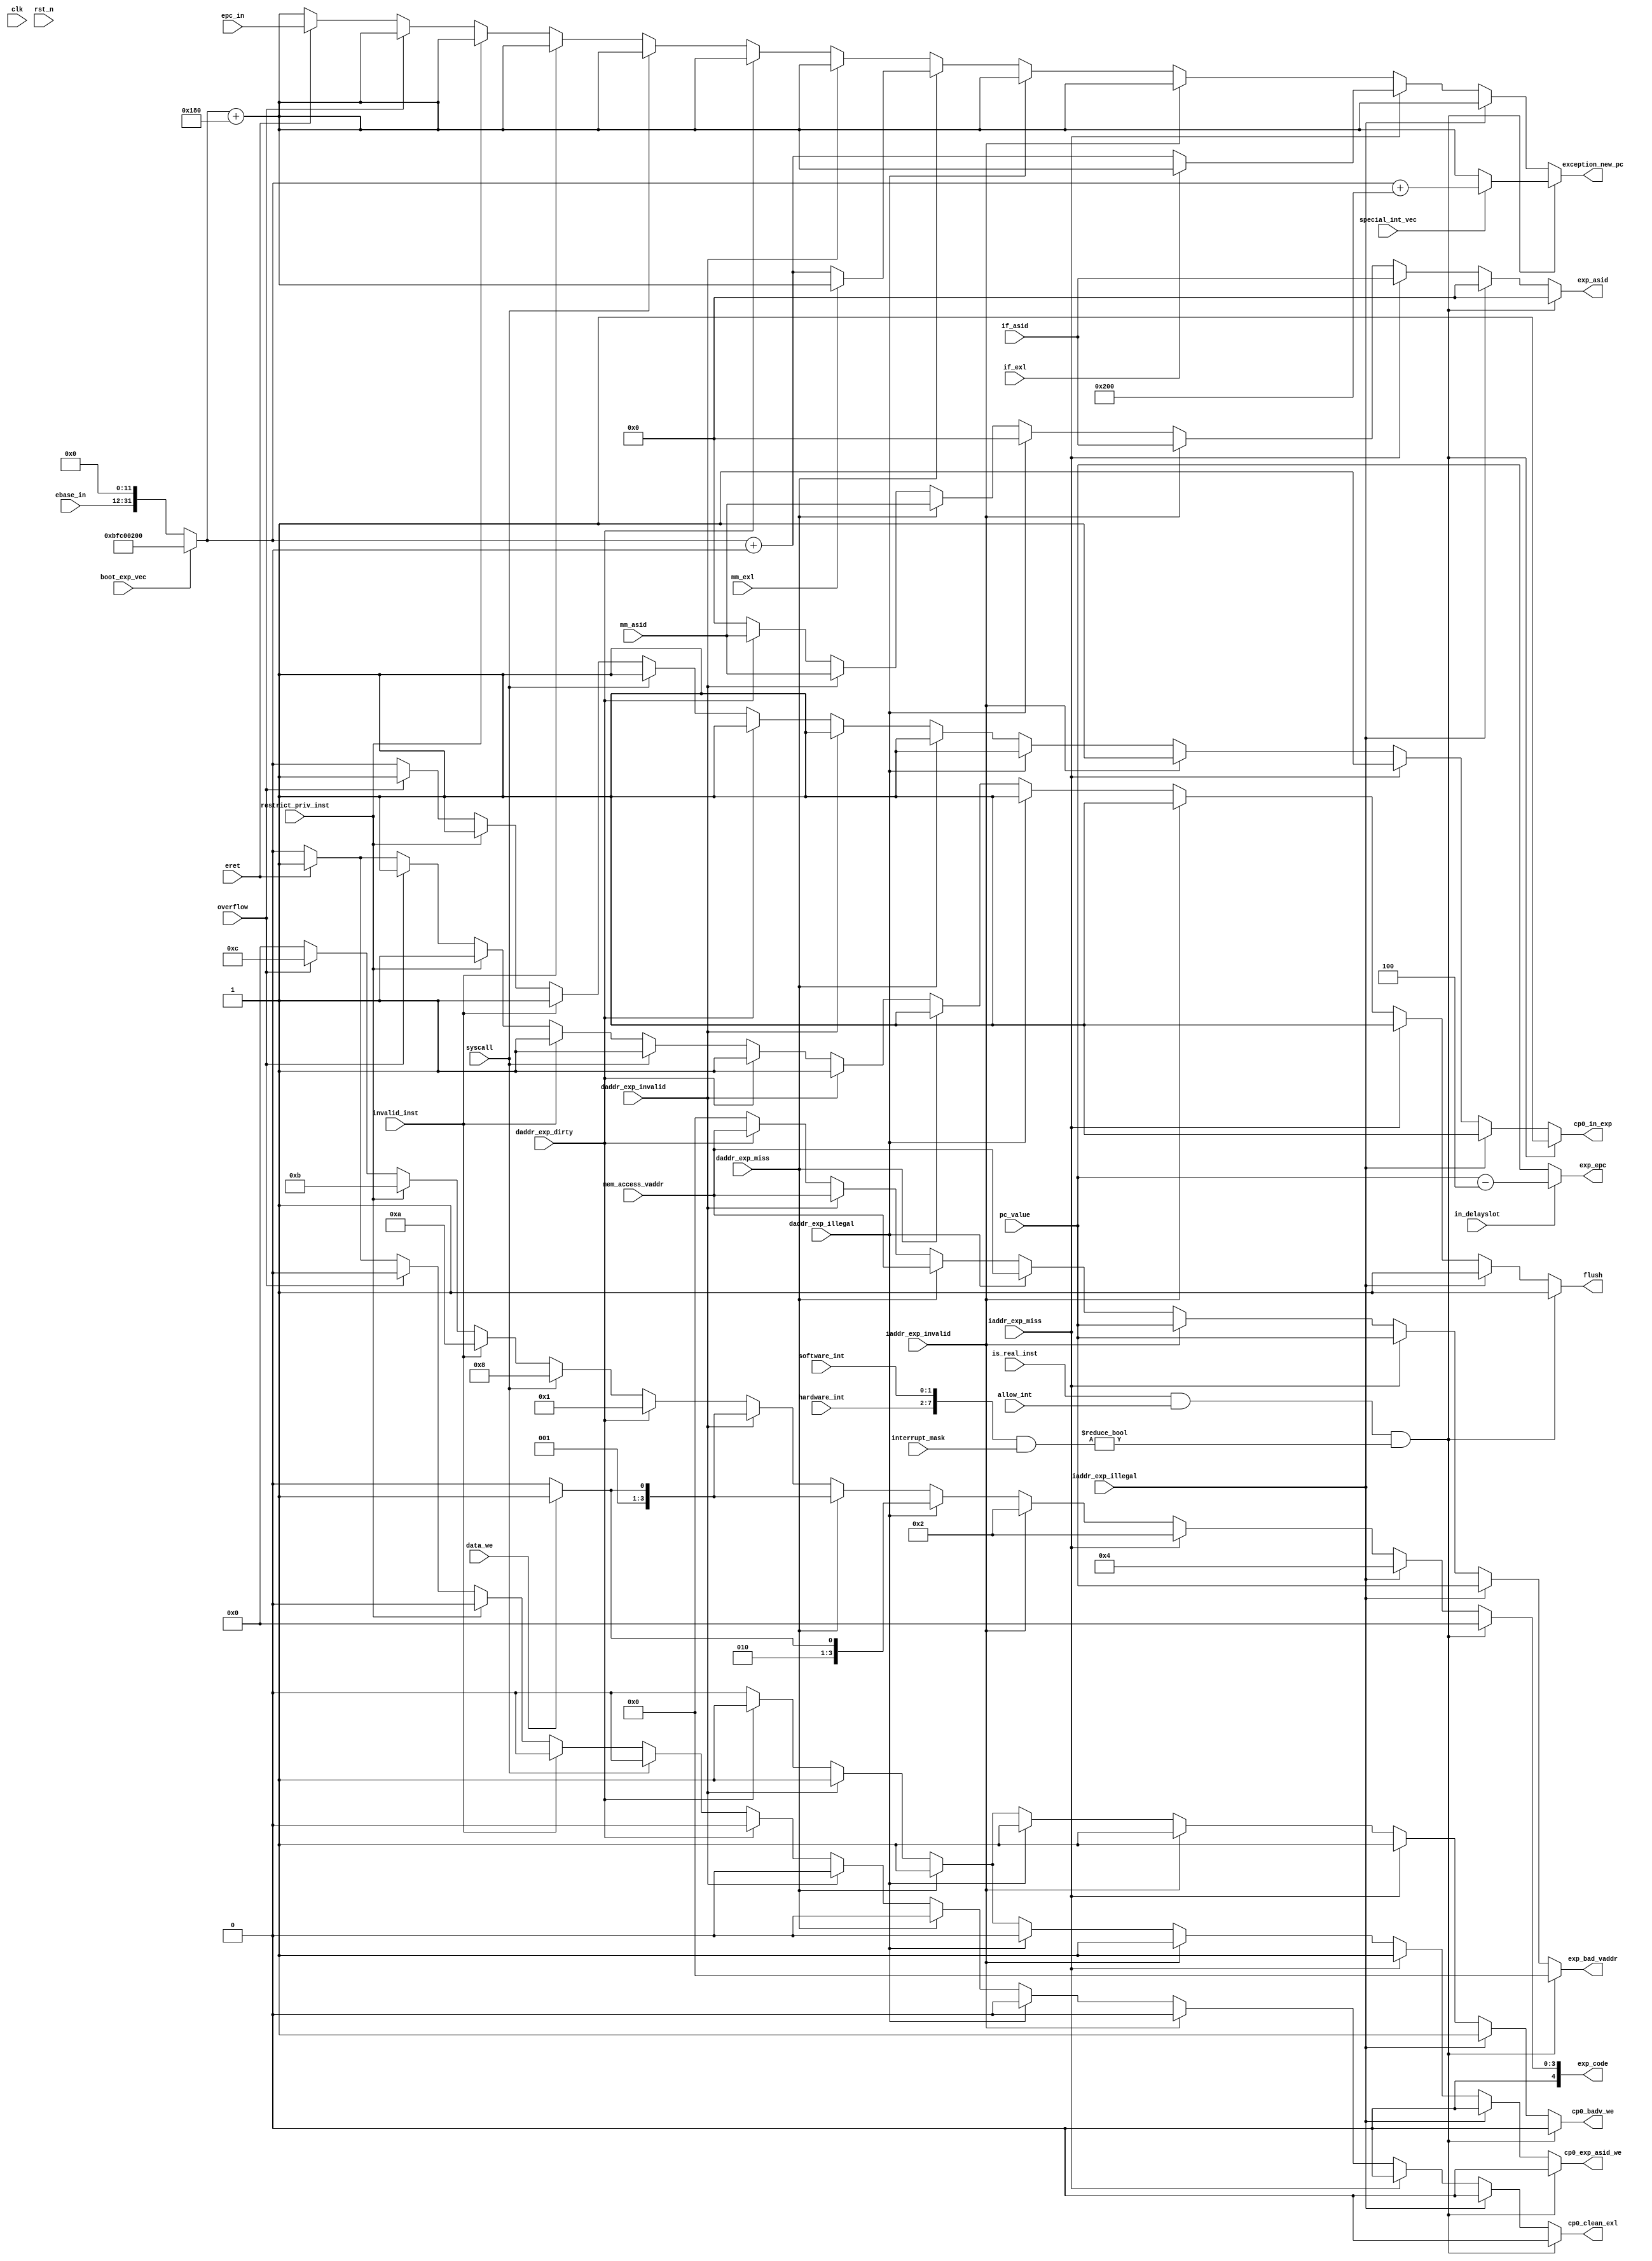
/*-----------------------------------------------------
 File Name : exception.v
 Purpose : exception detector and handler
 Creation Date : 21-10-2016
 Last Modified : Wed Nov 16 19:46:21 2016
 Created By : Jeasine Ma [jeasinema[at]gmail[dot]com]
-----------------------------------------------------*/
`ifndef __EXCEPTION_V__
`define __EXCEPTION_V__
`default_nettype none
`timescale 1ns/1ns

module exception(/*autoarg*/
    //Inputs
    clk, rst_n, iaddr_exp_miss, iaddr_exp_invalid,
    iaddr_exp_illegal, daddr_exp_miss, daddr_exp_invalid,
    daddr_exp_illegal, daddr_exp_dirty, data_we,
    invalid_inst, syscall, eret, overflow,
    restrict_priv_inst, interrupt_mask, hardware_int,
    software_int, pc_value, in_delayslot,
    allow_int, is_real_inst, mem_access_vaddr,
    if_asid, mm_asid, ebase_in, epc_in, special_int_vec,
    boot_exp_vec, if_exl, mm_exl,

    //Outputs
    flush, cp0_in_exp, cp0_clean_exl, exp_epc,
    exp_code, exp_bad_vaddr, cp0_badv_we,
    exp_asid, cp0_exp_asid_we, exception_new_pc
);


    parameter NORMAL_EXP_BASEADDR = 32'hBFC00200;

    input wire clk;
    input wire rst_n;

    // exp about memory access
    // illegal -> access kernel mode addr. invalid-> tlb error
    // occurs@if by mmu
    input wire iaddr_exp_miss;
    input wire iaddr_exp_invalid;
    input wire iaddr_exp_illegal;
    // occurs@mm by mmu
    input wire daddr_exp_miss;
    input wire daddr_exp_invalid;
    input wire daddr_exp_illegal;
    input wire daddr_exp_dirty;
    // common exp
    input wire data_we; // distinguish whether read/write exp(have different exp code)
    input wire invalid_inst; // invalid exp
    input wire syscall;  // syscall exp
    input wire eret; // return from exp, not real exp
    input wire overflow;  // overflow exp
    input wire restrict_priv_inst;
    // interrupts
    input wire[7:0] interrupt_mask;
    input wire[5:0] hardware_int;
    input wire[1:0] software_int;

    // for calculate return addr
    input wire[31:0] pc_value;
    input wire in_delayslot;
    // enable/diable interrupts
    input wire allow_int; // control signal from cp0
    input wire is_real_inst;  // disable interrupt on blob

    // about mem access exp, some need to be stored in CP0_BadVAddr/Context/EntryHi
    input wire[31:0] mem_access_vaddr;
    input wire[7:0] if_asid;
    input wire[7:0] mm_asid;

    // for calculate exp new pc
    input wire[19:0] ebase_in;
    input wire[31:0] epc_in;
    input wire special_int_vec; //cp0 reg CAUSE_IV, decided interrupt use exp vector(0x180)/interrupt vector(0x200)
    input wire boot_exp_vec;  // cp0 reg STATUS_BEV, decided exp vector base
    input wire if_exl;  // if in now in exception(kernel mode), disable all exception(exp pc will not changed)
    input wire mm_exl;

    output reg flush;  // when into exp, flush pipeline
    output reg cp0_in_exp; // 2cp0, whether now is in exp
    output reg cp0_clean_exl;  // 2cp0, quit exp, clean the status_exl bit
    output reg[31:0] exp_epc;  // 2cp0, store exp return addr
    output reg[4:0] exp_code;  // 2cp0, exp_code
    // 2cp0, about mem access exp, need to be written in cp0 regs
    output reg[31:0] exp_bad_vaddr;
    output reg cp0_badv_we;
    output reg[7:0] exp_asid;
    output reg cp0_exp_asid_we;

    output reg[31:0] exception_new_pc;  // 2pc, exp handler(service code) addr

    wire[31:0] exception_base;
    // different in MIPS32R1/2
    assign exception_base = boot_exp_vec ? NORMAL_EXP_BASEADDR : {ebase_in, 12'b0};  // MIPS32R2
    //assign exception_base = boot_exp_vec ? NORMAL_EXP_BASEADDR : 32'h8000000;  // MIPS32R1

    always @(*) begin
        exp_asid <= 8'b0;
        cp0_in_exp <= 1'b1;
        cp0_clean_exl <= 1'b0;
        cp0_badv_we <= 1'b0;
        cp0_exp_asid_we <= 1'b0;
        flush <= 1'b1;
        exp_epc <= in_delayslot ? (pc_value-32'd4) : pc_value;  // -4/origin
        exp_bad_vaddr <= 32'b0;
        exception_new_pc <= exception_base + 32'h180;  // default is 0x180
        // handle interrupts
        if(is_real_inst && allow_int && ({hardware_int,software_int} & interrupt_mask)!=8'h0) begin
            if(special_int_vec)
                exception_new_pc <= exception_base + 32'h200;
            exp_code <= 5'h00;
            $display("Exception: Interrupt=%x",{hardware_int,software_int});
        end
        // handle mem access exps
        // AdEL
        else if(iaddr_exp_illegal) begin
            exp_bad_vaddr <= pc_value;
            cp0_badv_we <= 1'b1;
            exp_code <= 5'h04;
            $display("Exception: Instruction address illegal");
        end
        // TLBL
        else if(iaddr_exp_miss) begin
            if(!if_exl)
                exception_new_pc <= exception_base + 32'h0;
            exp_asid <= if_asid;
            cp0_exp_asid_we <= 1'b1;
            exp_bad_vaddr <= pc_value;
            cp0_badv_we <= 1'b1;
            exp_code <= 5'h02;
            $display("Exception: Instruction TLB miss");
        end
        // TLBL
        else if(iaddr_exp_invalid) begin
            exp_asid <= if_asid;
            cp0_exp_asid_we <= 1'b1;
            exp_bad_vaddr <= pc_value;
            cp0_badv_we <= 1'b1;
            exp_code <= 5'h02;
            $display("Exception: Instruction TLB invalid");
        end
        // AdEL(when read) / AdES(when write)
        else if(daddr_exp_illegal) begin
            exp_bad_vaddr <= mem_access_vaddr;
            cp0_badv_we <= 1'b1;
            exp_code <= data_we ? 5'h05 : 5'h04;
            $display("Exception: Data address illegal, WE=%d",data_we);
        end
        // TLBS(when read) / TLBL(when write)
        else if(daddr_exp_miss) begin
            if(!mm_exl)
                exception_new_pc <= exception_base + 32'h0;
            exp_asid <= mm_asid;
            cp0_exp_asid_we <= 1'b1;
            exp_bad_vaddr <= mem_access_vaddr;
            cp0_badv_we <= 1'b1;
            exp_code <= data_we ? 5'h03 : 5'h02;
            $display("Exception: Data TLB miss, WE=%d",data_we);
        end
        // TLBS(when read) / TLBL(when write)
        else if(daddr_exp_invalid) begin
            exp_asid <= mm_asid;
            cp0_exp_asid_we <= 1'b1;
            exp_bad_vaddr <= mem_access_vaddr;
            cp0_badv_we <= 1'b1;
            exp_code <= data_we ? 5'h03 : 5'h02; //TLBS : TLBL
            $display("Exception: Data TLB invalid, WE=%d",data_we);
        end
        // Mod
        else if(daddr_exp_dirty) begin
            exp_asid <= mm_asid;
            cp0_exp_asid_we <= 1'b1;
            exp_bad_vaddr <= mem_access_vaddr;
            cp0_badv_we <= 1'b1;
            exp_code <= 5'h1; //Mod
            $display("Exception: Data TLB Mod");
        end
        // handle other exps
        // Sys (trap)
        else if(syscall) begin
            exp_code <= 5'h08;
            $display("Exception: Syscall");
        end
        // RI
        else if(invalid_inst) begin
            exp_code <= 5'h0a;
            $display("Exception: RI");
        end
        // CpU
        else if(restrict_priv_inst) begin
            exp_code <= 5'h0b;
            $display("Exception: CpU");
        end
        // Ov
        else if(overflow) begin
            exp_code <= 5'h0c;
            $display("Exception: Ov");
        end
        // return from exps
        else if(eret) begin
            exp_code <= 5'h00;
            cp0_in_exp <= 1'b0;
            cp0_clean_exl <= 1'b1;
            exception_new_pc <= epc_in;
            $display("Pseudo Exception: ERET");
        end
        else begin
            cp0_in_exp <= 1'b0;
            flush <= 1'b0;
            exp_code <= 5'h00;
        end
    end
endmodule

`endif